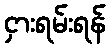
ငှားရမ်းရန်